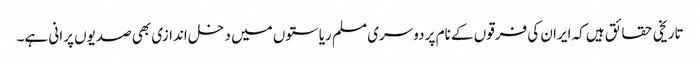
تاریخی حقائق ہیں کہ ایران کی فرقوں کے نام پر دوسری مسلم ریاستوں میں دخل اندازی بھی صدیوں پرانی ہے۔